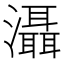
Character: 灄